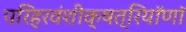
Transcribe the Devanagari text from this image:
परिहरवंशीक्षत्रियॉणॉ